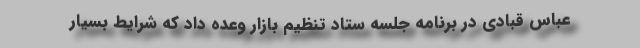
عباس قبادی در برنامه جلسه ستاد تنظیم بازار وعده داد که شرایط بسیار